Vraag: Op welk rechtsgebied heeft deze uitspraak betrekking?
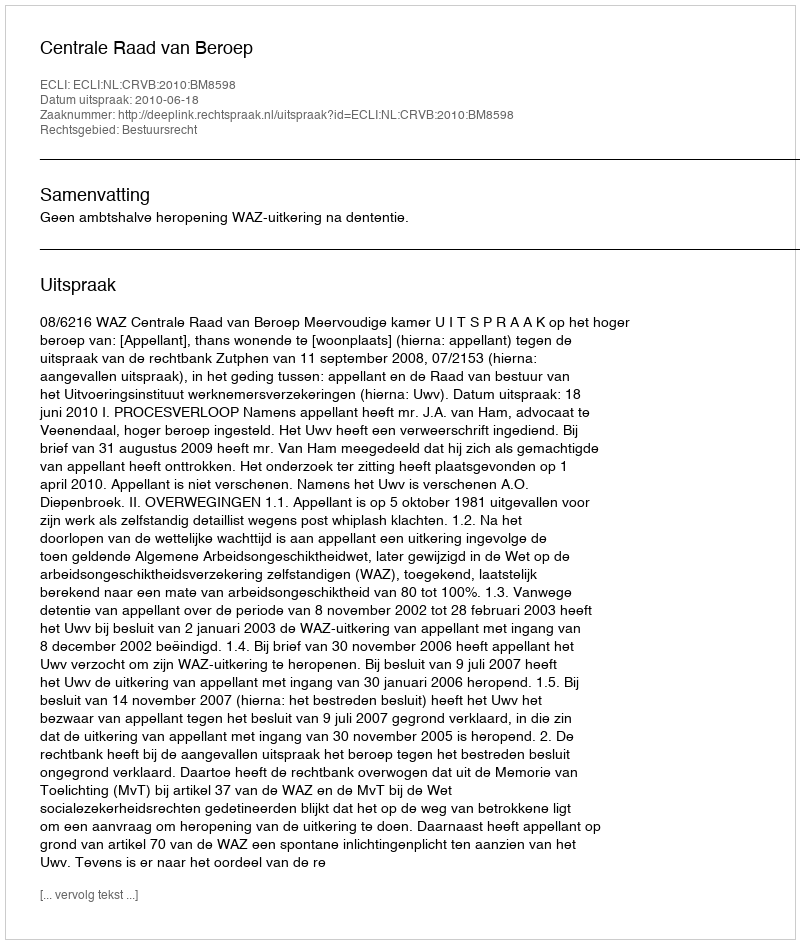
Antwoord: Bestuursrecht